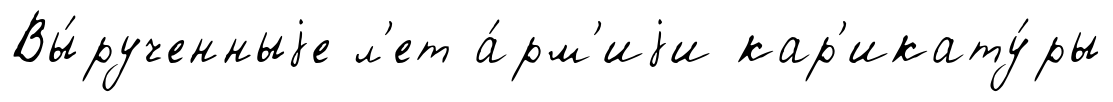
Вы́рученныjе л'ет а́рм'иjи кар'икату́ры